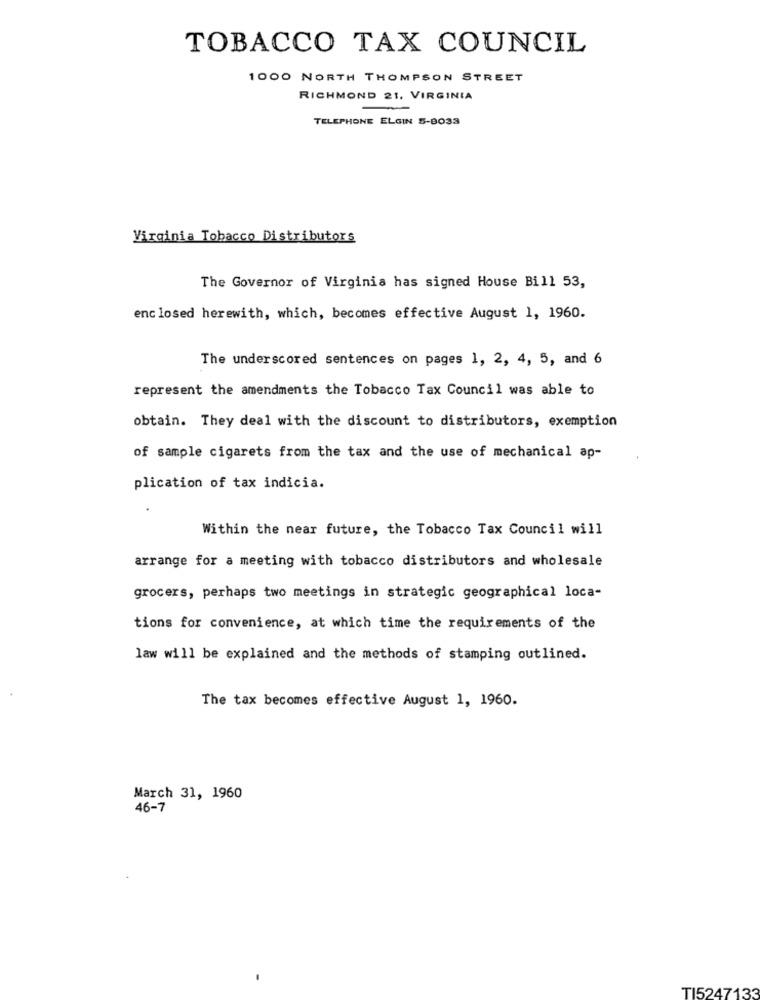
TOBACCO TAX COUNCIL
1000 NORTH THOMPSON STREET
RICHMOND 21. VIRGINIA
TELEPHONE ELGIN 5-8033
Virginia Tobacco Distributors
The Governor of Virginia has signed House Bill 53,
enclosed herewith, which, becomes effective August 1, 1960.
The underscored sentences on pages 1, 2, 4, 5, and 6
represent the amendments the Tobacco Tax Council was able to
obtain. They deal with the discount to distributors, exemption
of sample cigarets from the tax and the use of mechanical ap-
plication of tax indicia.
Within the near future, the Tobacco Tax Council will
arrange for a meeting with tobacco distributors and wholesale
grocers, perhaps two meetings in strategic geographical loca-
tions for convenience, at which time the requirements of the
law will be explained and the methods of stamping outlined.
The tax becomes effective August 1, 1960.
March 31, 1960
46-7
TI5247133